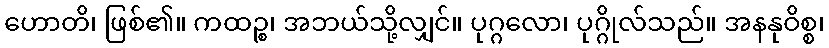
ဟောတိ၊ ဖြစ်၏။ ကထဉ္စ၊ အဘယ်သို့လျှင်။ ပုဂ္ဂလော၊ ပုဂ္ဂိုလ်သည်။ အနနုဝိစ္စ၊